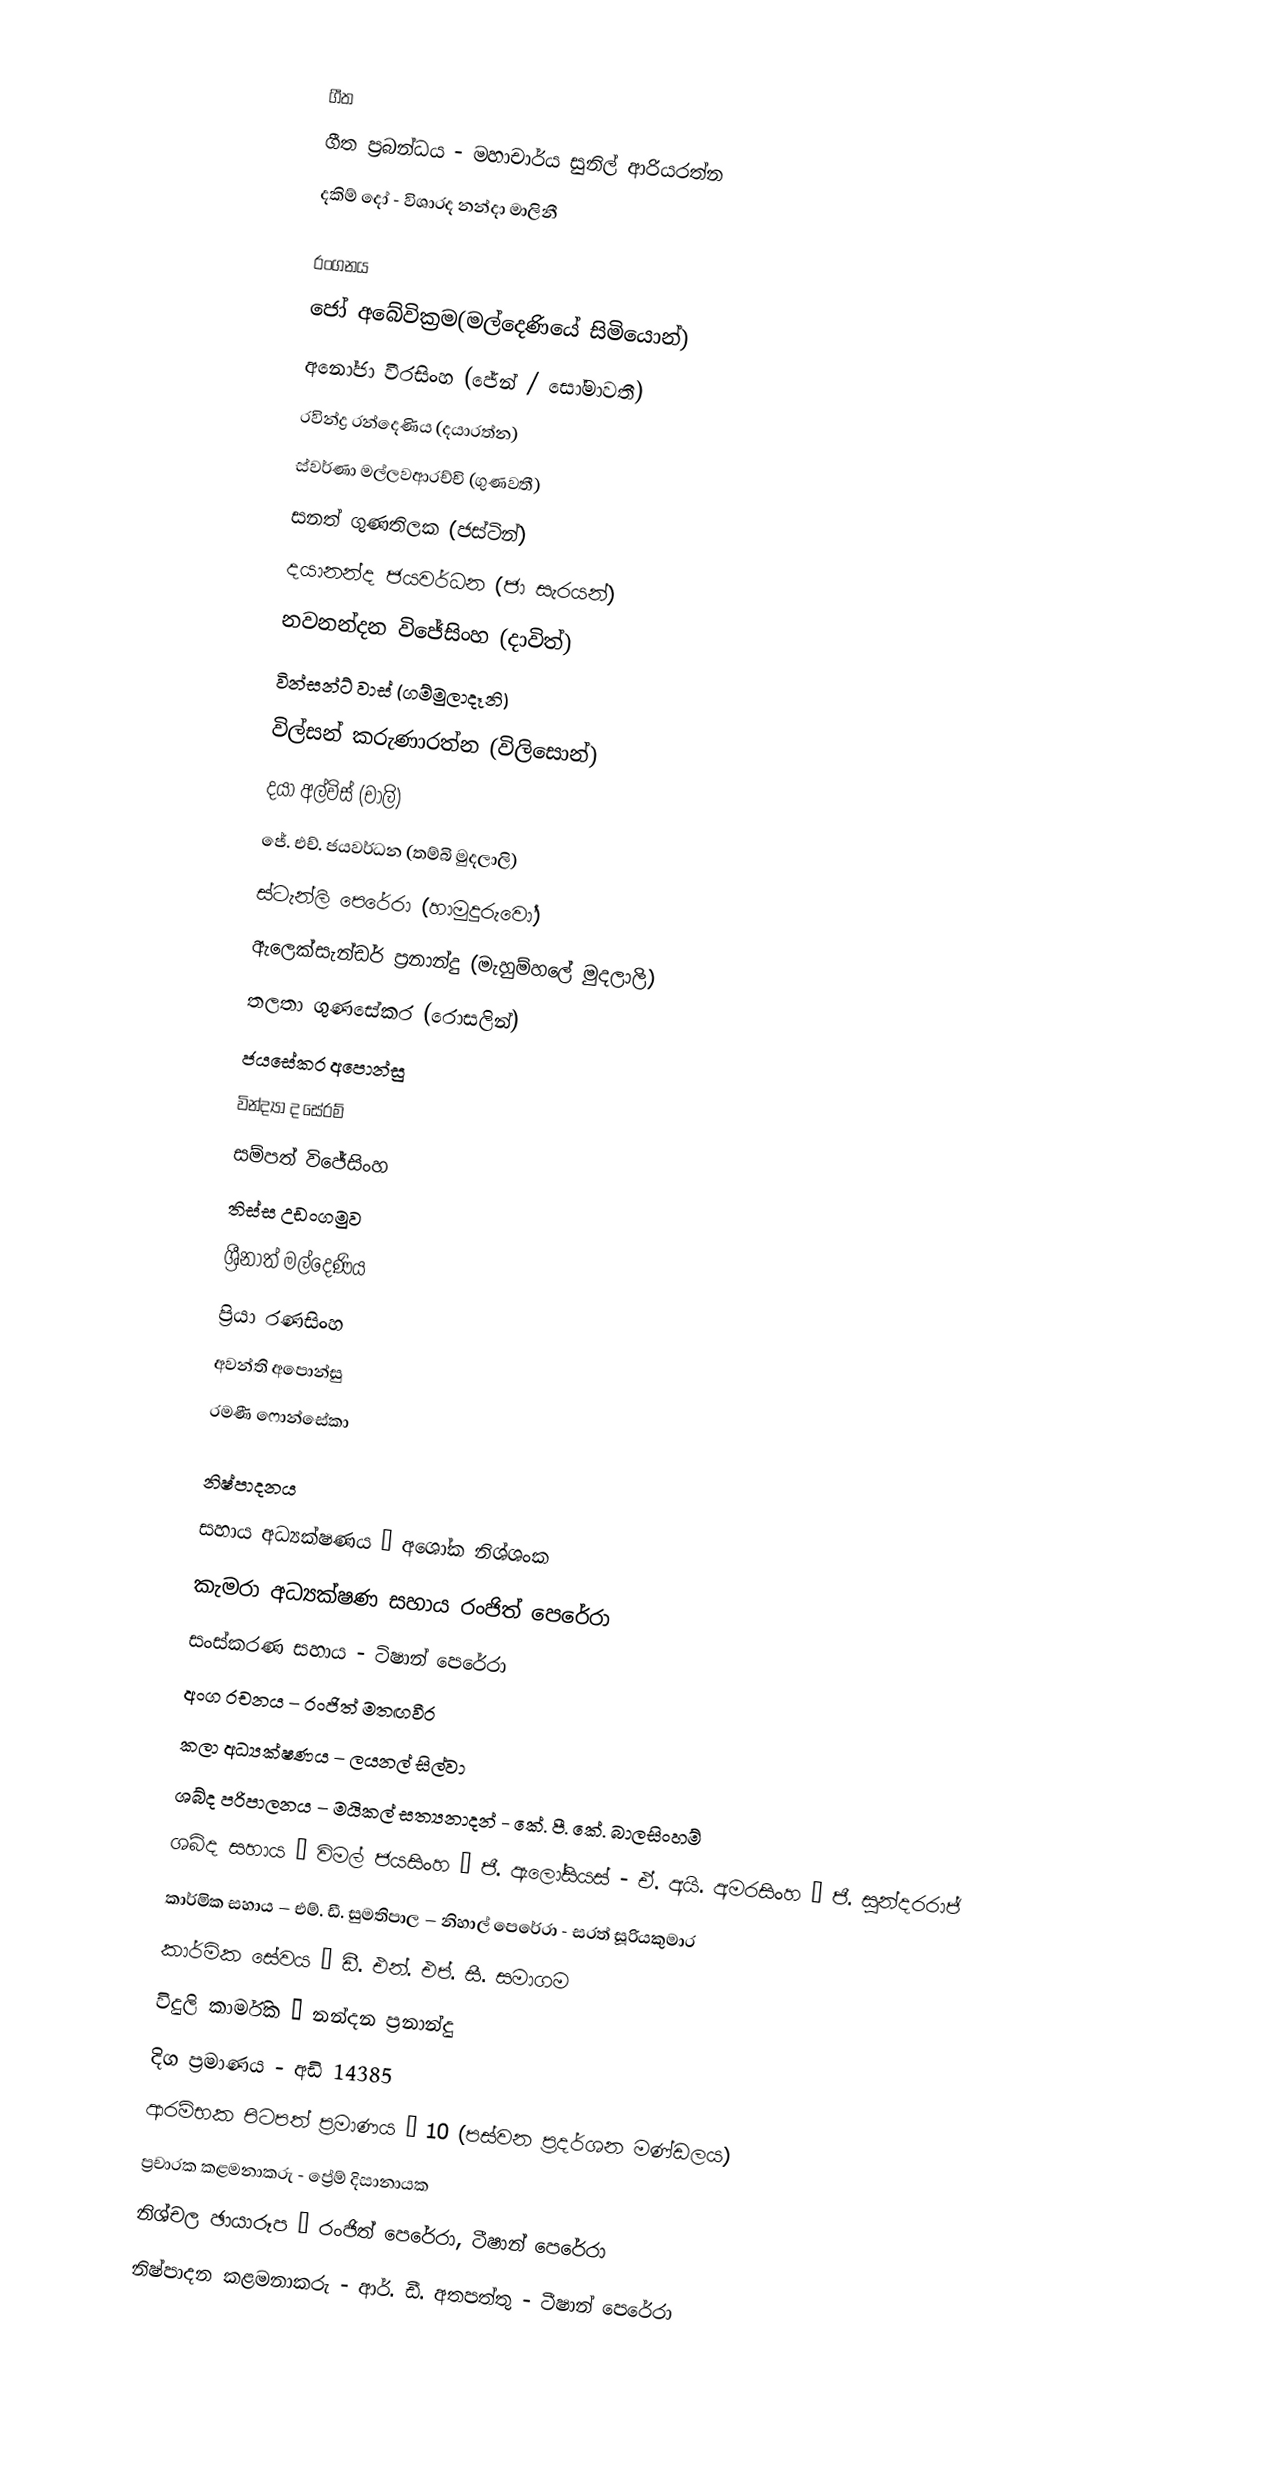

ගීත
ගීත ප්‍රබන්ධය - මහාචාර්ය සුනිල් ආරියරත්න
දකිම් දෝ - විශාරද නන්දා මාලිනී

රංගනය
ජෝ අබේවික්‍රම(මල්දෙණියේ සිමියොන්)
අනෝජා වීරසිංහ (ජේන් / සෝමාවතී)
රවින්ද්‍ර රන්දෙණිය (දයාරත්න)
ස්වර්ණා මල්ලවආරච්චි (ගුණවතී)
සනත් ගුණතිලක (ජස්ටින්)
දයානන්ද ජයවර්ධන (ජා සැරයන්)
නවනන්දන විජේසිංහ (දාවිත්)
වින්සන්ට් වාස් (ගම්මුලාදෑනි)
විල්සන් කරුණාරත්න (විලිසොන්)
දයා අල්විස් (චාලි)
ජේ. එච්. ජයවර්ධන (තම්බි මුදලාලි)
ස්ටැන්ලි පෙරේරා (හාමුදුරුවෝ)
ඇලෙක්සැන්ඩර් ප්‍රනාන්දු (මැහුම්හලේ මුදලාලි)
තලතා ගුණසේකර (රොසලින්)
ජයසේකර අපොන්සු
වින්ද්‍යා ද සේරම්
සම්පත් විජේසිංහ
තිස්ස උඩංගමුව
ශ්‍රීනාත් මල්දෙණිය
ප්‍රියා රණසිංහ
අවන්ති අපොන්සු
රමණී ෆොන්සේකා

නිෂ්පාදනය
සහාය අධ්‍යක්ෂණය – අශෝක නිශ්ශංක
කැමරා අධ්‍යක්ෂණ සහාය රංජිත් පෙරේරා
සංස්කරණ සහාය  - ටිෂාන් පෙරේරා
අංග රචනය – රංජිත් මතඟවීර
කලා අධ්‍යක්ෂණය – ලයනල් සිල්වා
ශබ්ද පරිපාලනය – මයිකල් සත්‍යනාදන් - කේ. පී. කේ. බාලසිංහම්
ශබ්ද සහාය – විමල් ජයසිංහ – ජී. ඇලෝසියස් - ඒ. අයි. අමරසිංහ – ජී. සුන්දරරාජ්
කාර්මික සහාය – එම්. ඩී. සුමතිපාල – නිහාල් පෙරේරා - සරත් සූරියකුමාර
කාර්මික සේවය – ඩී. එන්. එප්. සී. සමාගම
විදුලි කාර්මික – නන්දන ප්‍රනාන්දු
දිග ප්‍රමාණය - අඩි 14385
ආරම්භක පිටපත් ප්‍රමාණය – 10 (පස්වන ප්‍රදර්ශන මණ්ඩලය)
ප්‍රචාරක කළමනාකරු - ප්‍රේම් දිසානායක
නිශ්චල ඡායාරූප – රංජිත් පෙරේරා, ටීෂාන් පෙරේරා
නිෂ්පාදන කළමනාකරු - ආර්. ඩී. අතපත්තු - ටීෂාන් පෙරේරා